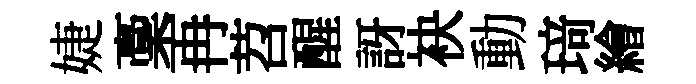
婕稾再苕醒訝袂動𤦺繪